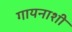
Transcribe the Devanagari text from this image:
गायनाशी